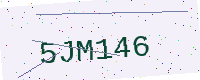
Text: 5JM146